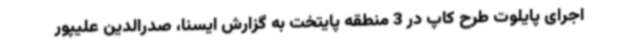
اجرای پایلوت طرح کاپ در 3 منطقه پایتخت به گزارش ایسنا، صدرالدین علیپور